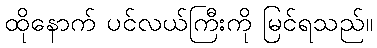
ထိုနောက် ပင်လယ်ကြီးကို မြင်ရသည်။